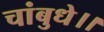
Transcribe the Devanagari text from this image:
चांबुधे।।